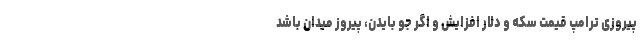
پیروزی ترامپ قیمت سکه و دلار افزایش و اگر جو بایدن، پیروز میدان باشد